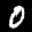
Label: 0